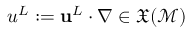
u ^ { L } : = { \mathbf { u } } ^ { L } \cdot \nabla \in \mathfrak { X } ( \mathcal { M } )